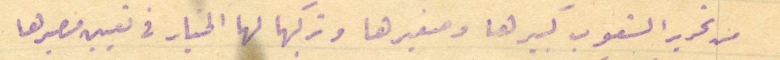
من تحرير الشعوب كبيرها وصغيرها وتركها لها الخيار في تعيين مصيرها